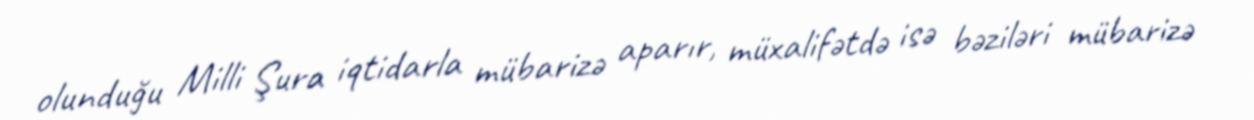
olunduğu Milli Şura iqtidarla mübarizə aparır, müxalifətdə isə bəziləri mübarizə